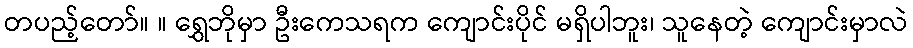
တပည့်တော်။ ။ ရွှေဘိုမှာ ဦးကေသရက ကျောင်းပိုင် မရှိပါဘူး၊ သူနေတဲ့ ကျောင်းမှာလဲ